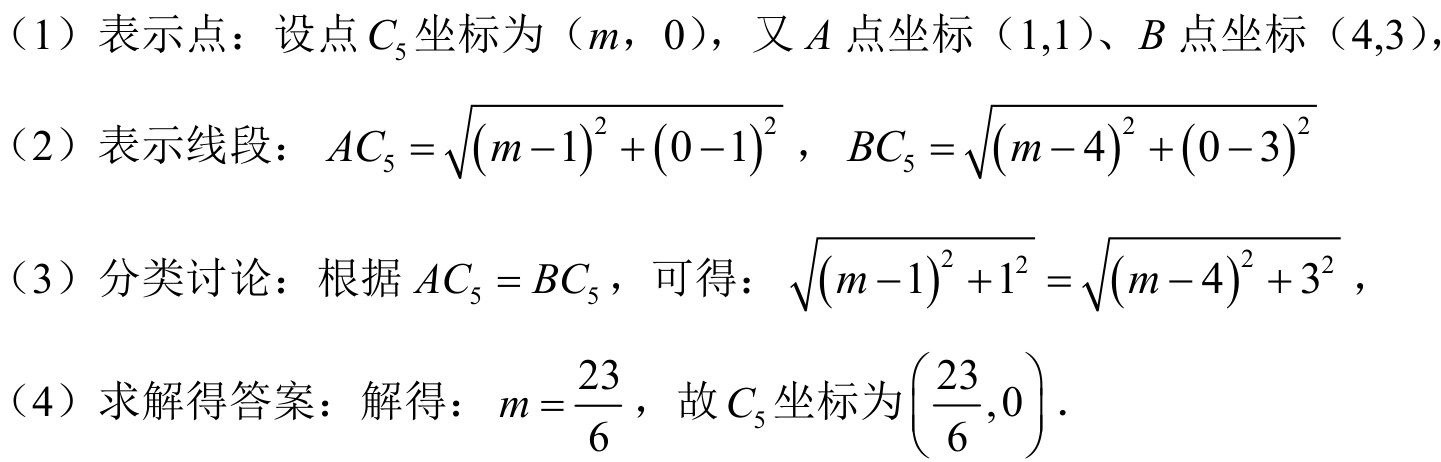
（1）表示点：设点\(C_{5}\)坐标为\((m,0)\)，又\(A\)点坐标\((1,1)\)、\(B\)点坐标\((4,3)\)。
（2）表示线段：\(AC_{5}=\sqrt{(m - 1)^{2}+(0 - 1)^{2}}\)，\(BC_{5}=\sqrt{(m - 4)^{2}+(0 - 3)^{2}}\)
（3）分类讨论：根据\(AC_{5}=BC_{5}\)，可得：\(\sqrt{(m - 1)^{2}+1^{2}}=\sqrt{(m - 4)^{2}+3^{2}}\)，
（4）求解得答案：解得：\(m = \frac{23}{6}\)，故\(C_{5}\)坐标为\((\frac{23}{6},0)\)。